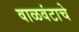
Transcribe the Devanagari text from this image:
वाळवंटाचे